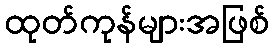
ထုတ်ကုန်များအဖြစ်